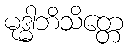
မုဒ္ဓါဘိသိတ္တေ